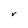
Character: r